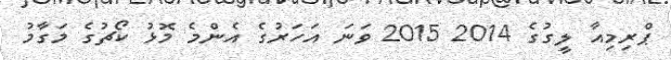
ޕްރިމިއާ ލީގުގެ 2014 2015 ވަނަ އަހަރުގެ އެންމެ މޮޅު ކޯޗުގެ މަގާމު